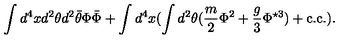
\int d ^ { 4 } x d ^ { 2 } \theta d ^ { 2 } \bar { \theta } \Phi \bar { \Phi } + \int d ^ { 4 } x ( \int d ^ { 2 } \theta ( \frac { m } { 2 } \Phi ^ { 2 } + \frac { g } { 3 } \Phi ^ { \star 3 } ) + \mathrm { c . c . } ) .